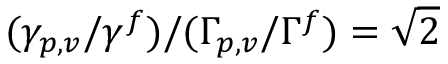
( \gamma _ { p , v } / \gamma ^ { f } ) / ( \Gamma _ { p , v } / \Gamma ^ { f } ) = \sqrt { 2 }